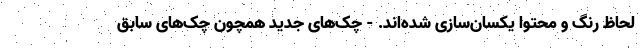
لحاظ رنگ و محتوا یکسان‌سازی شده‌اند. - چک‌های جدید همچون چک‌های سابق